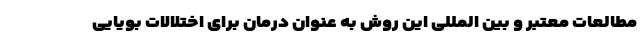
مطالعات معتبر و بین المللی این روش به عنوان درمان برای اختلالات بویایی